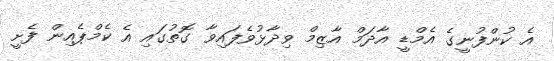
އެ ކުންފުނީގެ އެމްޑީ އާދަމް އާޒިމް ވިދާޅުވެފައިވާ ގޮތުގައި އެ ކެމްޕެއިން ފެށީ